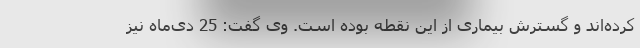
کرده‌اند و گسترش بیماری از این نقطه بوده است. وی گفت: 25 دی‌ماه نیز